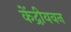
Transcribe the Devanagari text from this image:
केंद्रीयवन